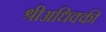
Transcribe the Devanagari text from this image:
श्रीअधिक्की